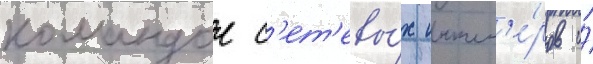
командои с'ет'евы́х инжен'е́ров и́